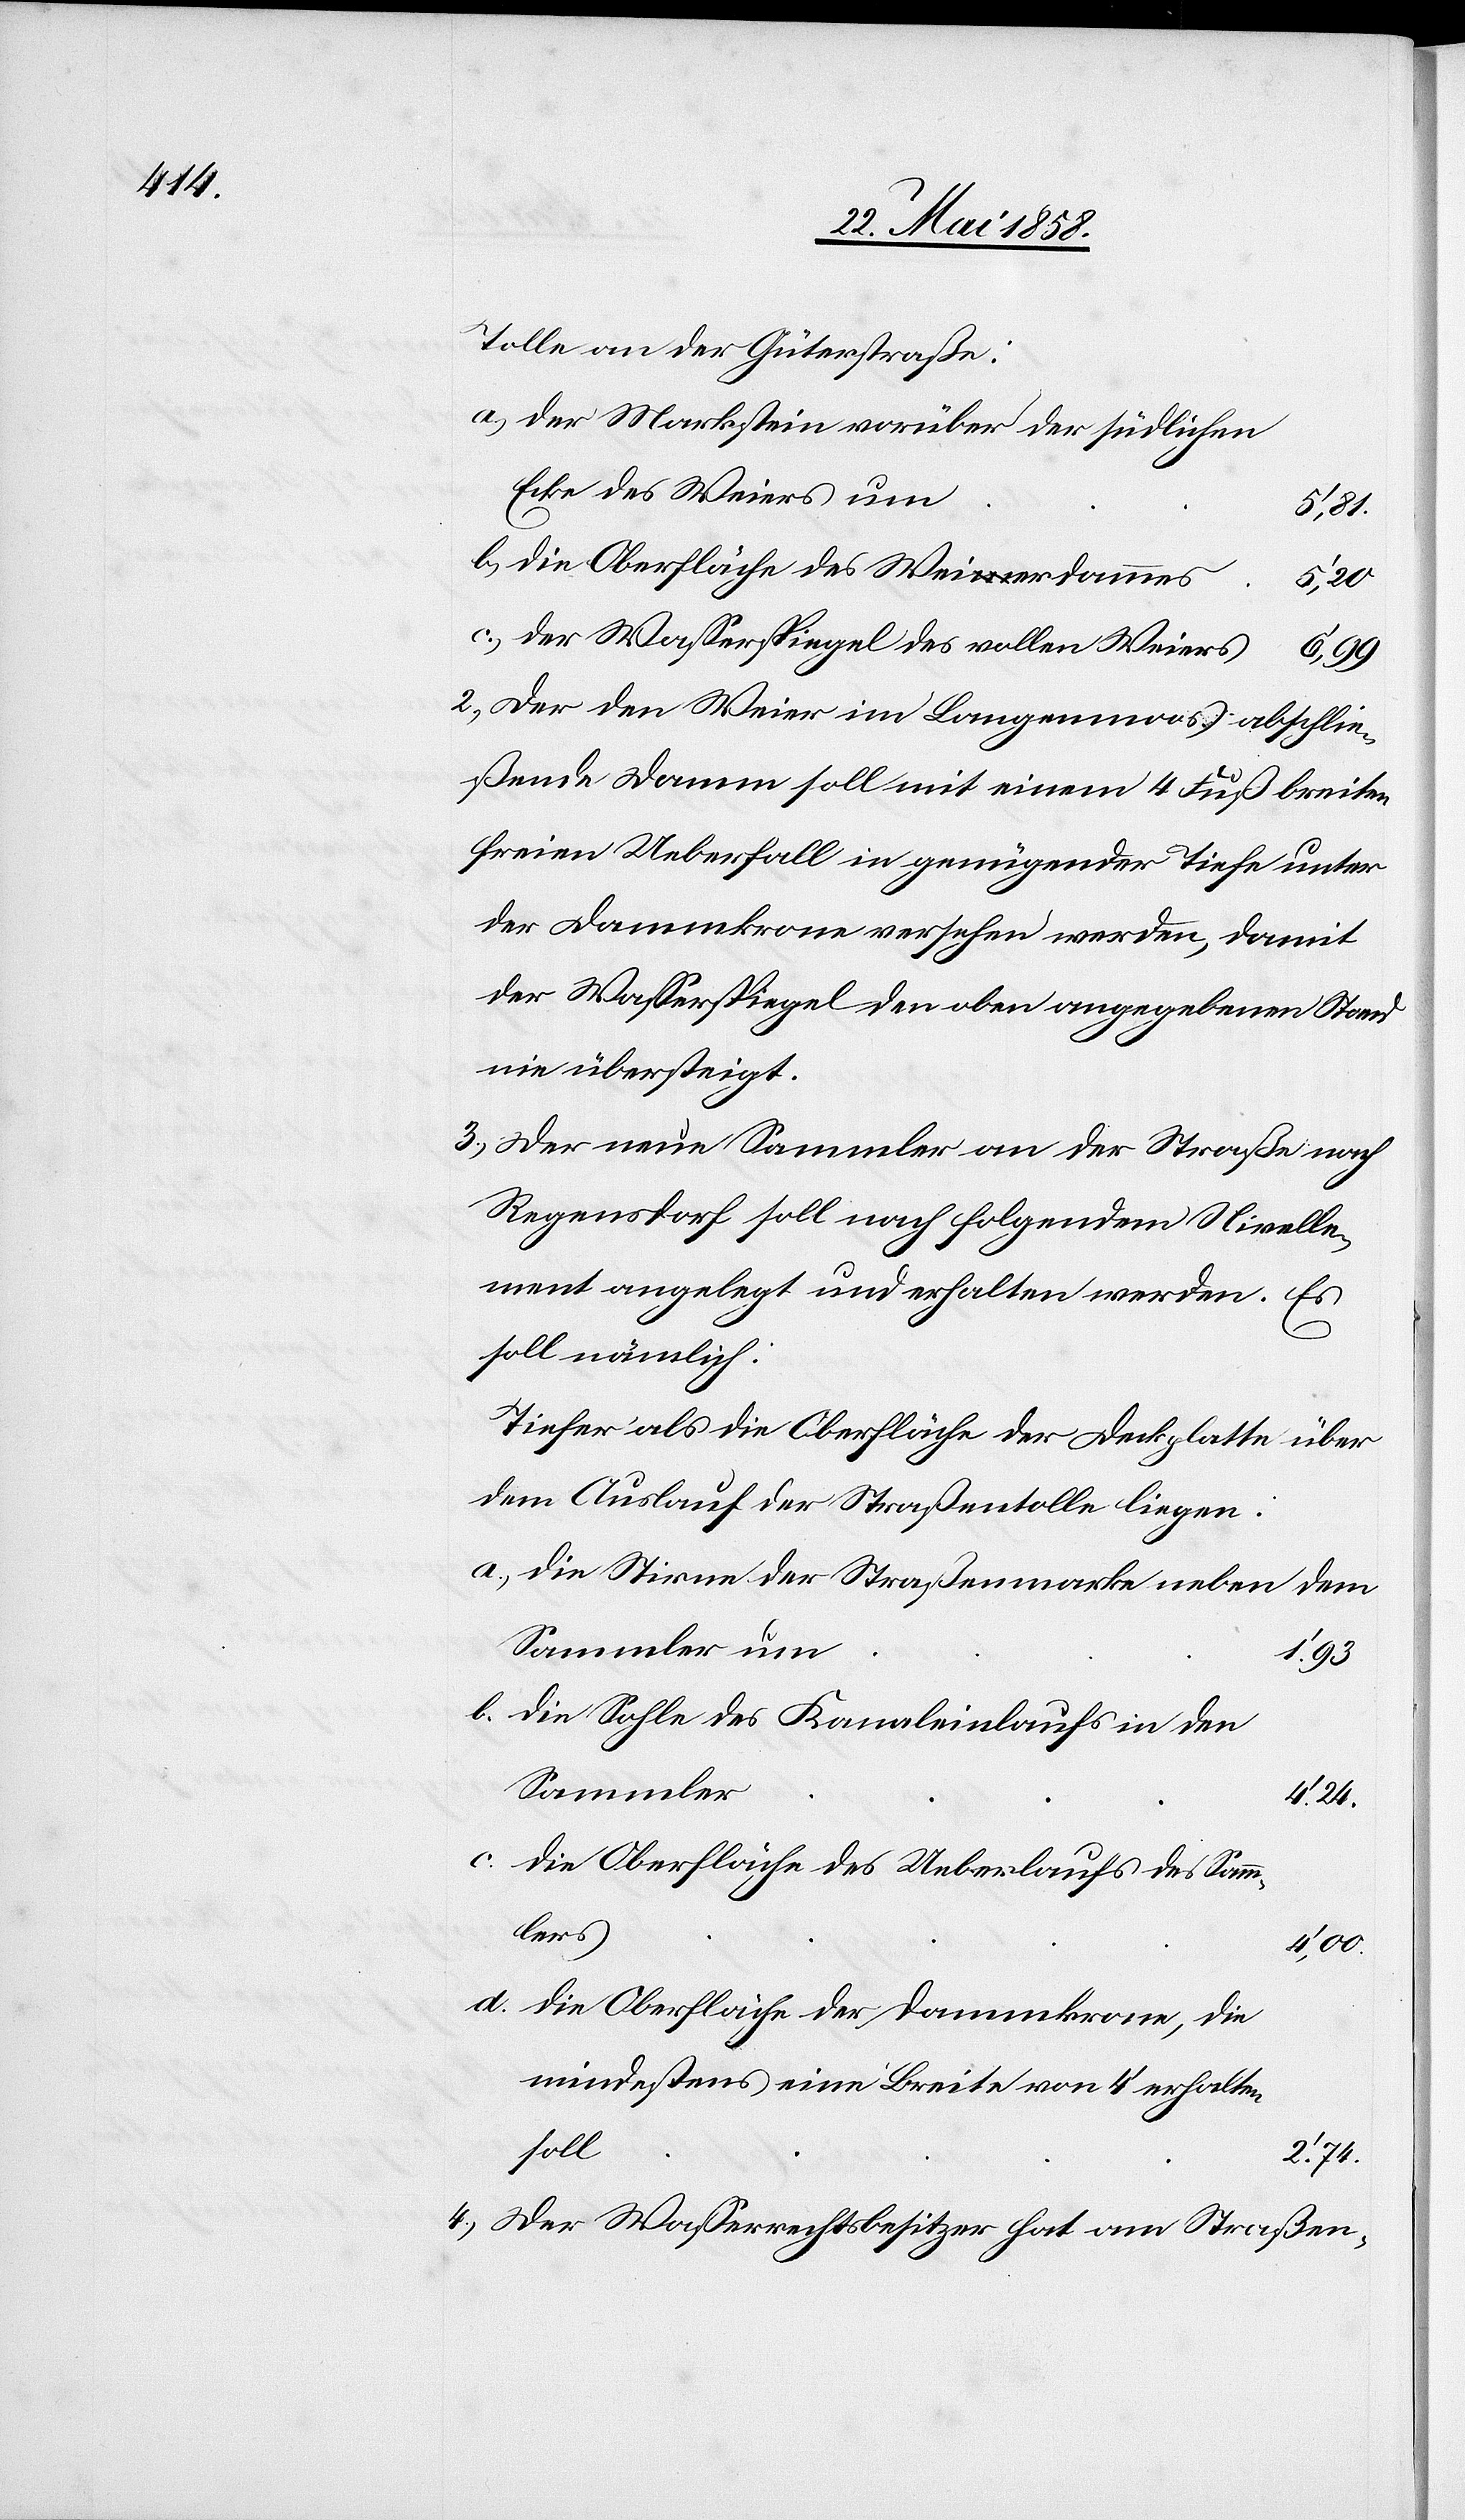
Tolle an der Güterstraße:
der Markstein vorüber der südlichen
Ecke des Weiers um
5’,81
die Oberfläche des Weierdammes
5’,20
der Wasserspiegel des vollen Weiers
d.
6’,99
2. Der den Weier im Langenmoos abschlie¬
ßende Damm soll mit einem 4 Fuß breiten
freien Ueberfall in genügender Tiefe unter
der Dammkrone versehen werden, damit
der Wasserspiegel den oben angegebenen Stand
nie übersteigt.
3. Der neue Sammler an der Straße nach
Regensdorf soll nach folgendem Nivelle¬
ment angelegt und erhalten werde. Es
soll nämlich:
Die Stirne der Straßenmarke neben dem
Sammler um
Die Sohle des Kanaleinlaufs in den
Sammler
4’24
Die Oberfläche des Ueberlaufs des Samm¬
lers
4’00
Die Oberfläche der Dammkrone, die
mindestens eine Breite von 4’ erhalten
soll
2’74
4. Der Wasserrechtsbesitzer hat am Straßen-